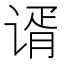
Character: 谞